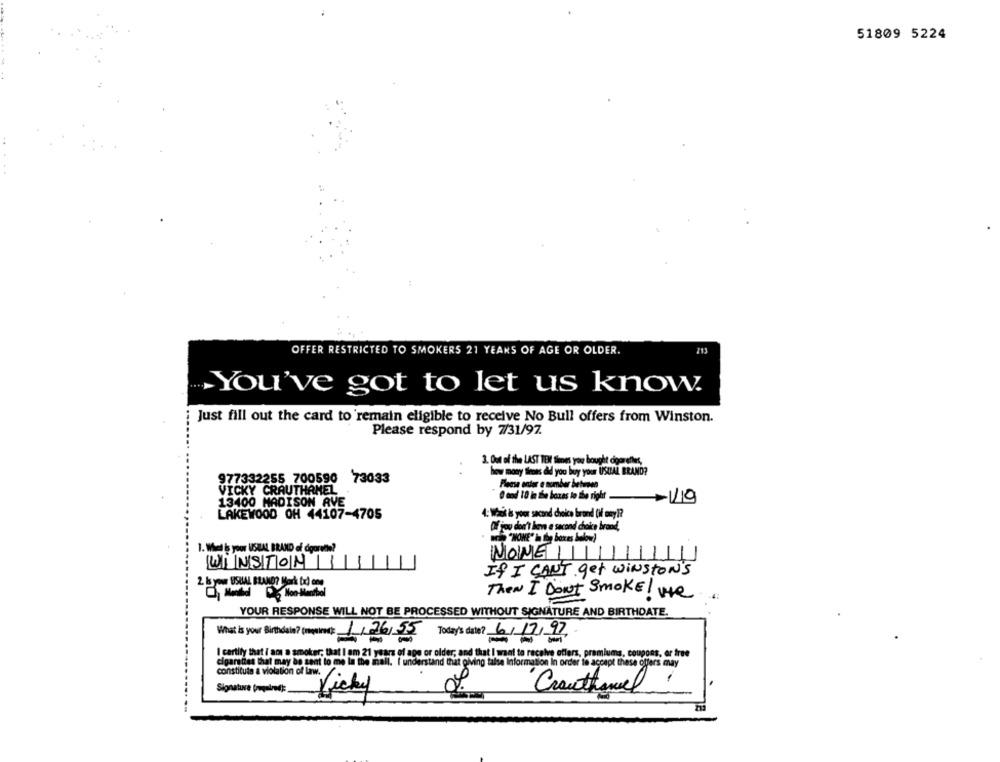
51809 5224
713
OFFER RESTRICTED TO SMOKERS 21 YEARS OF AGE OR OLDER.
You've got to let us know.
Just fill out the card to remain eligible to receive No Bull offers from Winston.
Please respond by 7/31/97.
3. Out of the LAST TEX times you bought cigaretles,
how many tiross did you buy your USUAL BRAND?
977332255 700590 73033
Please enter a number between
VICKY CRAUTHANEL
13400 MADISON AVE
O and 10 in the boxes to the right
-19
LAKEWOOD OH 44107-4705
4: Waik is your sacond choice brond (if omy 1?
Of you don't lie a second choice brand,
MIKE" In thy boxes below)
1. Whel is yoor USZAL BRAND of digorene?
NONE
WINSTON
11
If I CAN'T get winstONS
Then I Don't Smoke! we
YOUR RESPONSE WILL NOT BE PROCESSED WITHOUT SIGNATURE AND BIRTHDATE.
What is your Birthdate? (megale): 1/26/55
Today's date? 6/17/97
or elde
cigarede
ciparedes that may be sent
I cartily that / aos a smoker, that I om 21 zamra
giving
that I want to receive offers, premiums, coupons, er free
constitute a violation of law.
is accept these offers may
Crouthanel
Signature fregelmedi:
Vicky